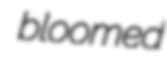
bloomed